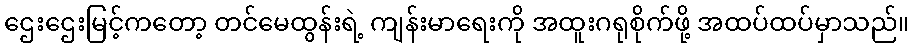
ဌေးဌေးမြင့်ကတော့ တင်မေထွန်းရဲ့ ကျန်းမာရေးကို အထူးဂရုစိုက်ဖို့ အထပ်ထပ်မှာသည်။